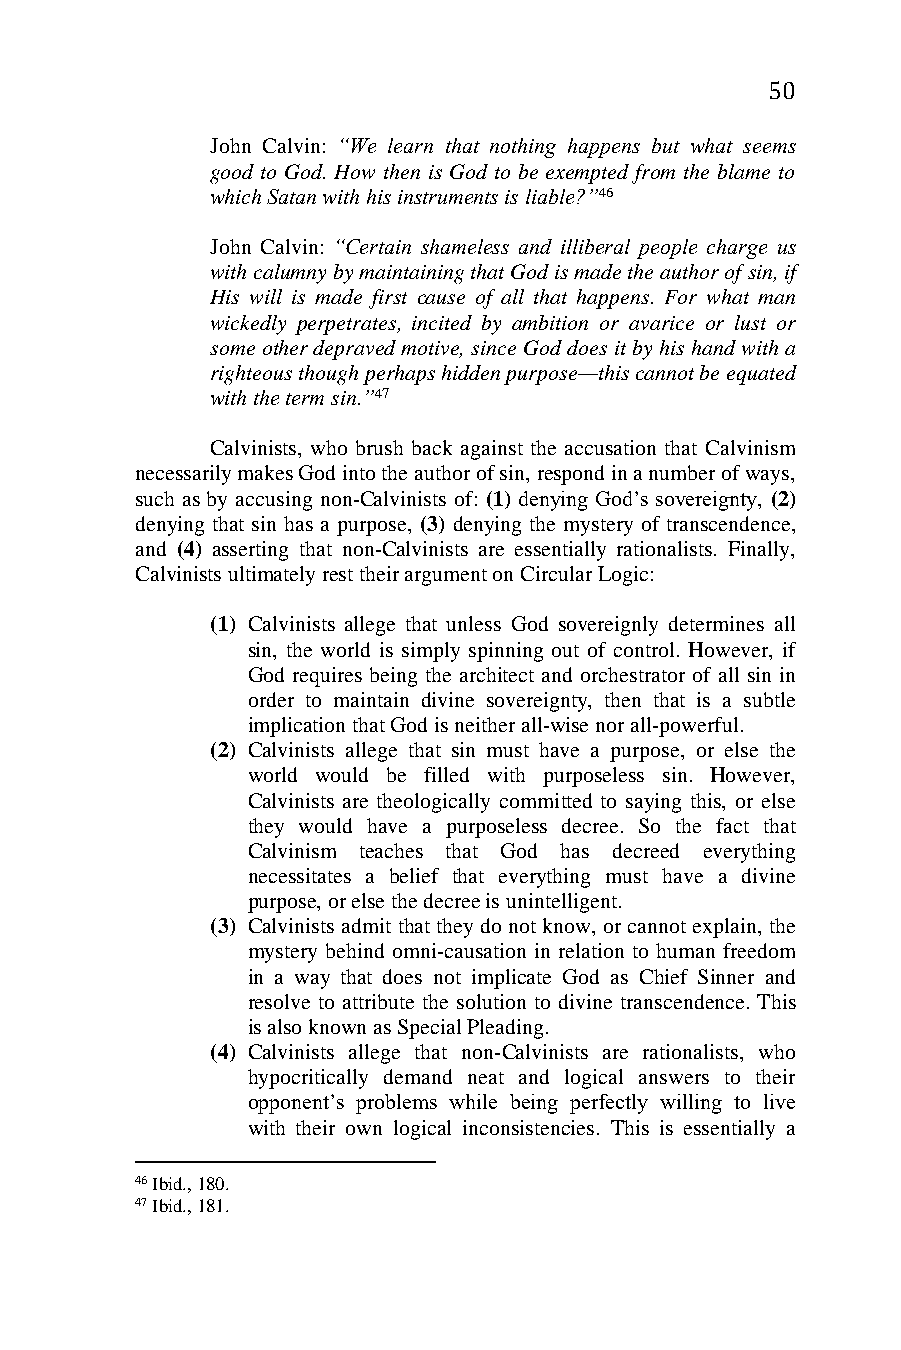
50
 John Calvin: “We learn that nothing happens but what seems
 good to God. How then is God to be exempted from the blame to
 which Satan with his instruments is liable?”46
 John Calvin: “Certain shameless and illiberal people charge us
 with calumny by maintaining that God is made the author of sin, if
 His will is made first cause of all that happens. For what man
 wickedly perpetrates, incited by ambition or avarice or lust or
 some other depraved motive, since God does it by his hand with a
 righteous though perhaps hidden purpose—this cannot be equated
 with the term sin.”47
 Calvinists, who brush back against the accusation that Calvinism
 necessarily makes God into the author of sin, respond in a number of ways,
 such as by accusing non-Calvinists of: (1) denying God’s sovereignty, (2)
 denying that sin has a purpose, (3) denying the mystery of transcendence,
 and (4) asserting that non-Calvinists are essentially rationalists. Finally,
 Calvinists ultimately rest their argument on Circular Logic:
 (1) Calvinists allege that unless God sovereignly determines all
 sin, the world is simply spinning out of control. However, if
 God requires being the architect and orchestrator of all sin in
 order to maintain divine sovereignty, then that is a subtle
 implication that God is neither all-wise nor all-powerful.
 (2) Calvinists allege that sin must have a purpose, or else the
 world would be filled with purposeless sin. However,
 Calvinists are theologically committed to saying this, or else
 they would have a purposeless decree. So the fact that
 Calvinism teaches that God has decreed everything
 necessitates a belief that everything must have a divine
 purpose, or else the decree is unintelligent.
 (3) Calvinists admit that they do not know, or cannot explain, the
 mystery behind omni-causation in relation to human freedom
 in a way that does not implicate God as Chief Sinner and
 resolve to attribute the solution to divine transcendence. This
 is also known as Special Pleading.
 (4) Calvinists allege that non-Calvinists are rationalists, who
 hypocritically demand neat and logical answers to their
 opponent’s problems while being perfectly willing to live
 with their own logical inconsistencies. This is essentially a
 46 Ibid., 180.
 47 Ibid., 181.